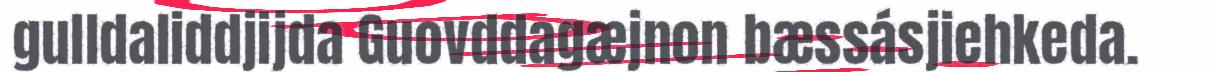
gulldaliddjijda Guovddagæjnon bæssásjiehkeda.